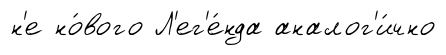
н'е но́вого Л'ег'е́нда аналог'и́чно